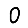
Digit: 0